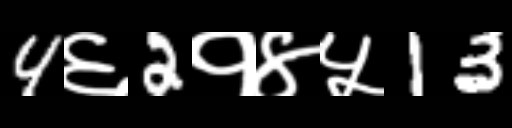
Text: 4६2१४५13